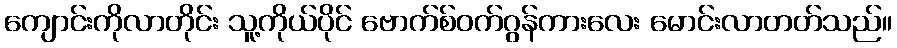
ကျောင်းကိုလာတိုင်း သူ့ကိုယ်ပိုင် ဗောက်စ်ဝက်ဂွန်ကားလေး မောင်းလာတတ်သည်။